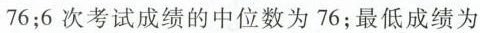
76；6次考试成绩的中位数为76；最低成绩为